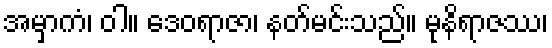
အမှာကံ၊ ဝါ။ ဒေဝရာဇာ၊ နတ်မင်းသည်။ မုနိရာဇဿ၊